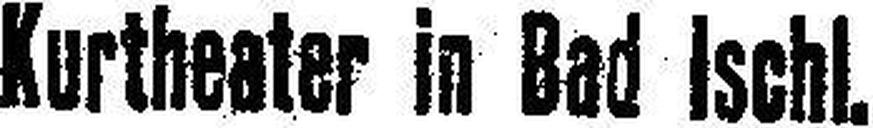
Kurtheater in Bad Ischl.